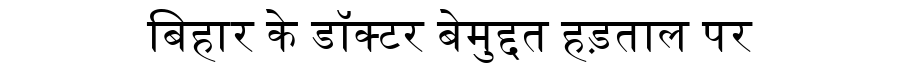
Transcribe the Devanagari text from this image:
बिहार के डॉक्टर बेमुद्दत हड़ताल पर